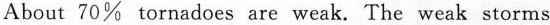
About 70% tornadoes are weak. The weak storms